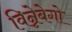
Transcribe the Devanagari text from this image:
विन्नेबेगो